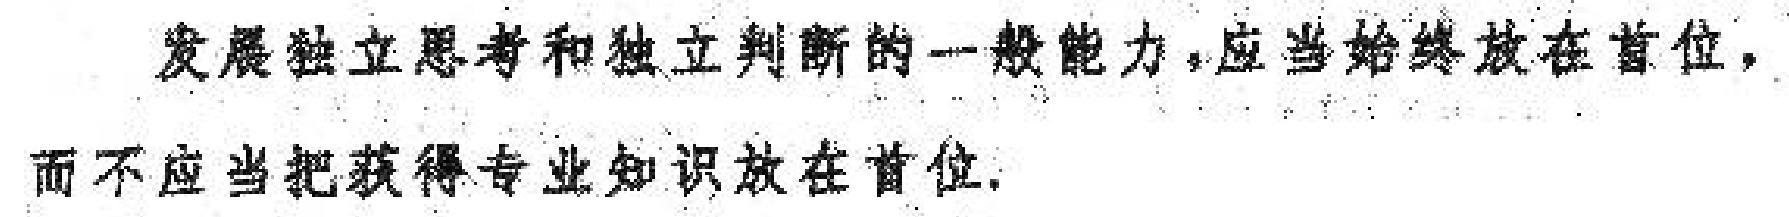
发展独立思考和独立判断的一般能力，应当始终放在首位，而不应当把获得专业知识放在首位.